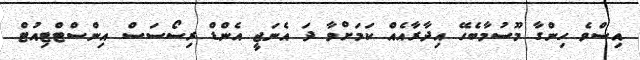
އިސްވެ ހިންގާ މޫސުމާބެހޭ އިދާރާއެއް ކަމަށްވާ ދަ އެނަޖީ އެންޑް ރިސޯސަސް އިންސްޓްޓިއުޓް